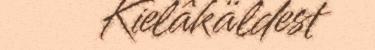
Kielâkäldest